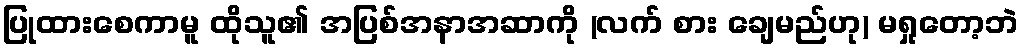
ပြုထားစေကာမူ ထိုသူ၏ အပြစ်အနာအဆာကို (လက် စား ချေမည်ဟု) မရှုတော့ဘဲ